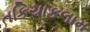
તકિયાકલામ